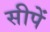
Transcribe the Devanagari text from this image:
सीपें